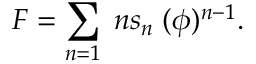
F = \sum _ { n = 1 } \; n s _ { n } \; ( \phi ) ^ { n - 1 } .